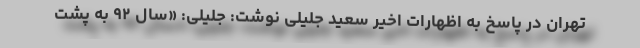
تهران در پاسخ به اظهارات اخیر سعید جلیلی نوشت: جلیلی: «سال ۹۲ به پشت